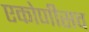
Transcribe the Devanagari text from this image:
एकोणीसव